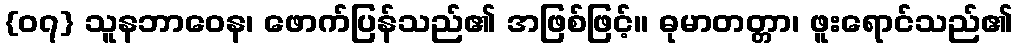
{၀၇} သူနဘာဝေန၊ ဖောက်ပြန်သည်၏ အဖြစ်ဖြင့်။ ဓုမာတတ္တာ၊ ဖူးရောင်သည်၏